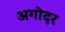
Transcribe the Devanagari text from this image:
अगोदर